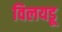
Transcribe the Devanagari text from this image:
विलयडू